NAE_ERA_R-1950_Eesti_Ajakirjanike_Liit, lk 62
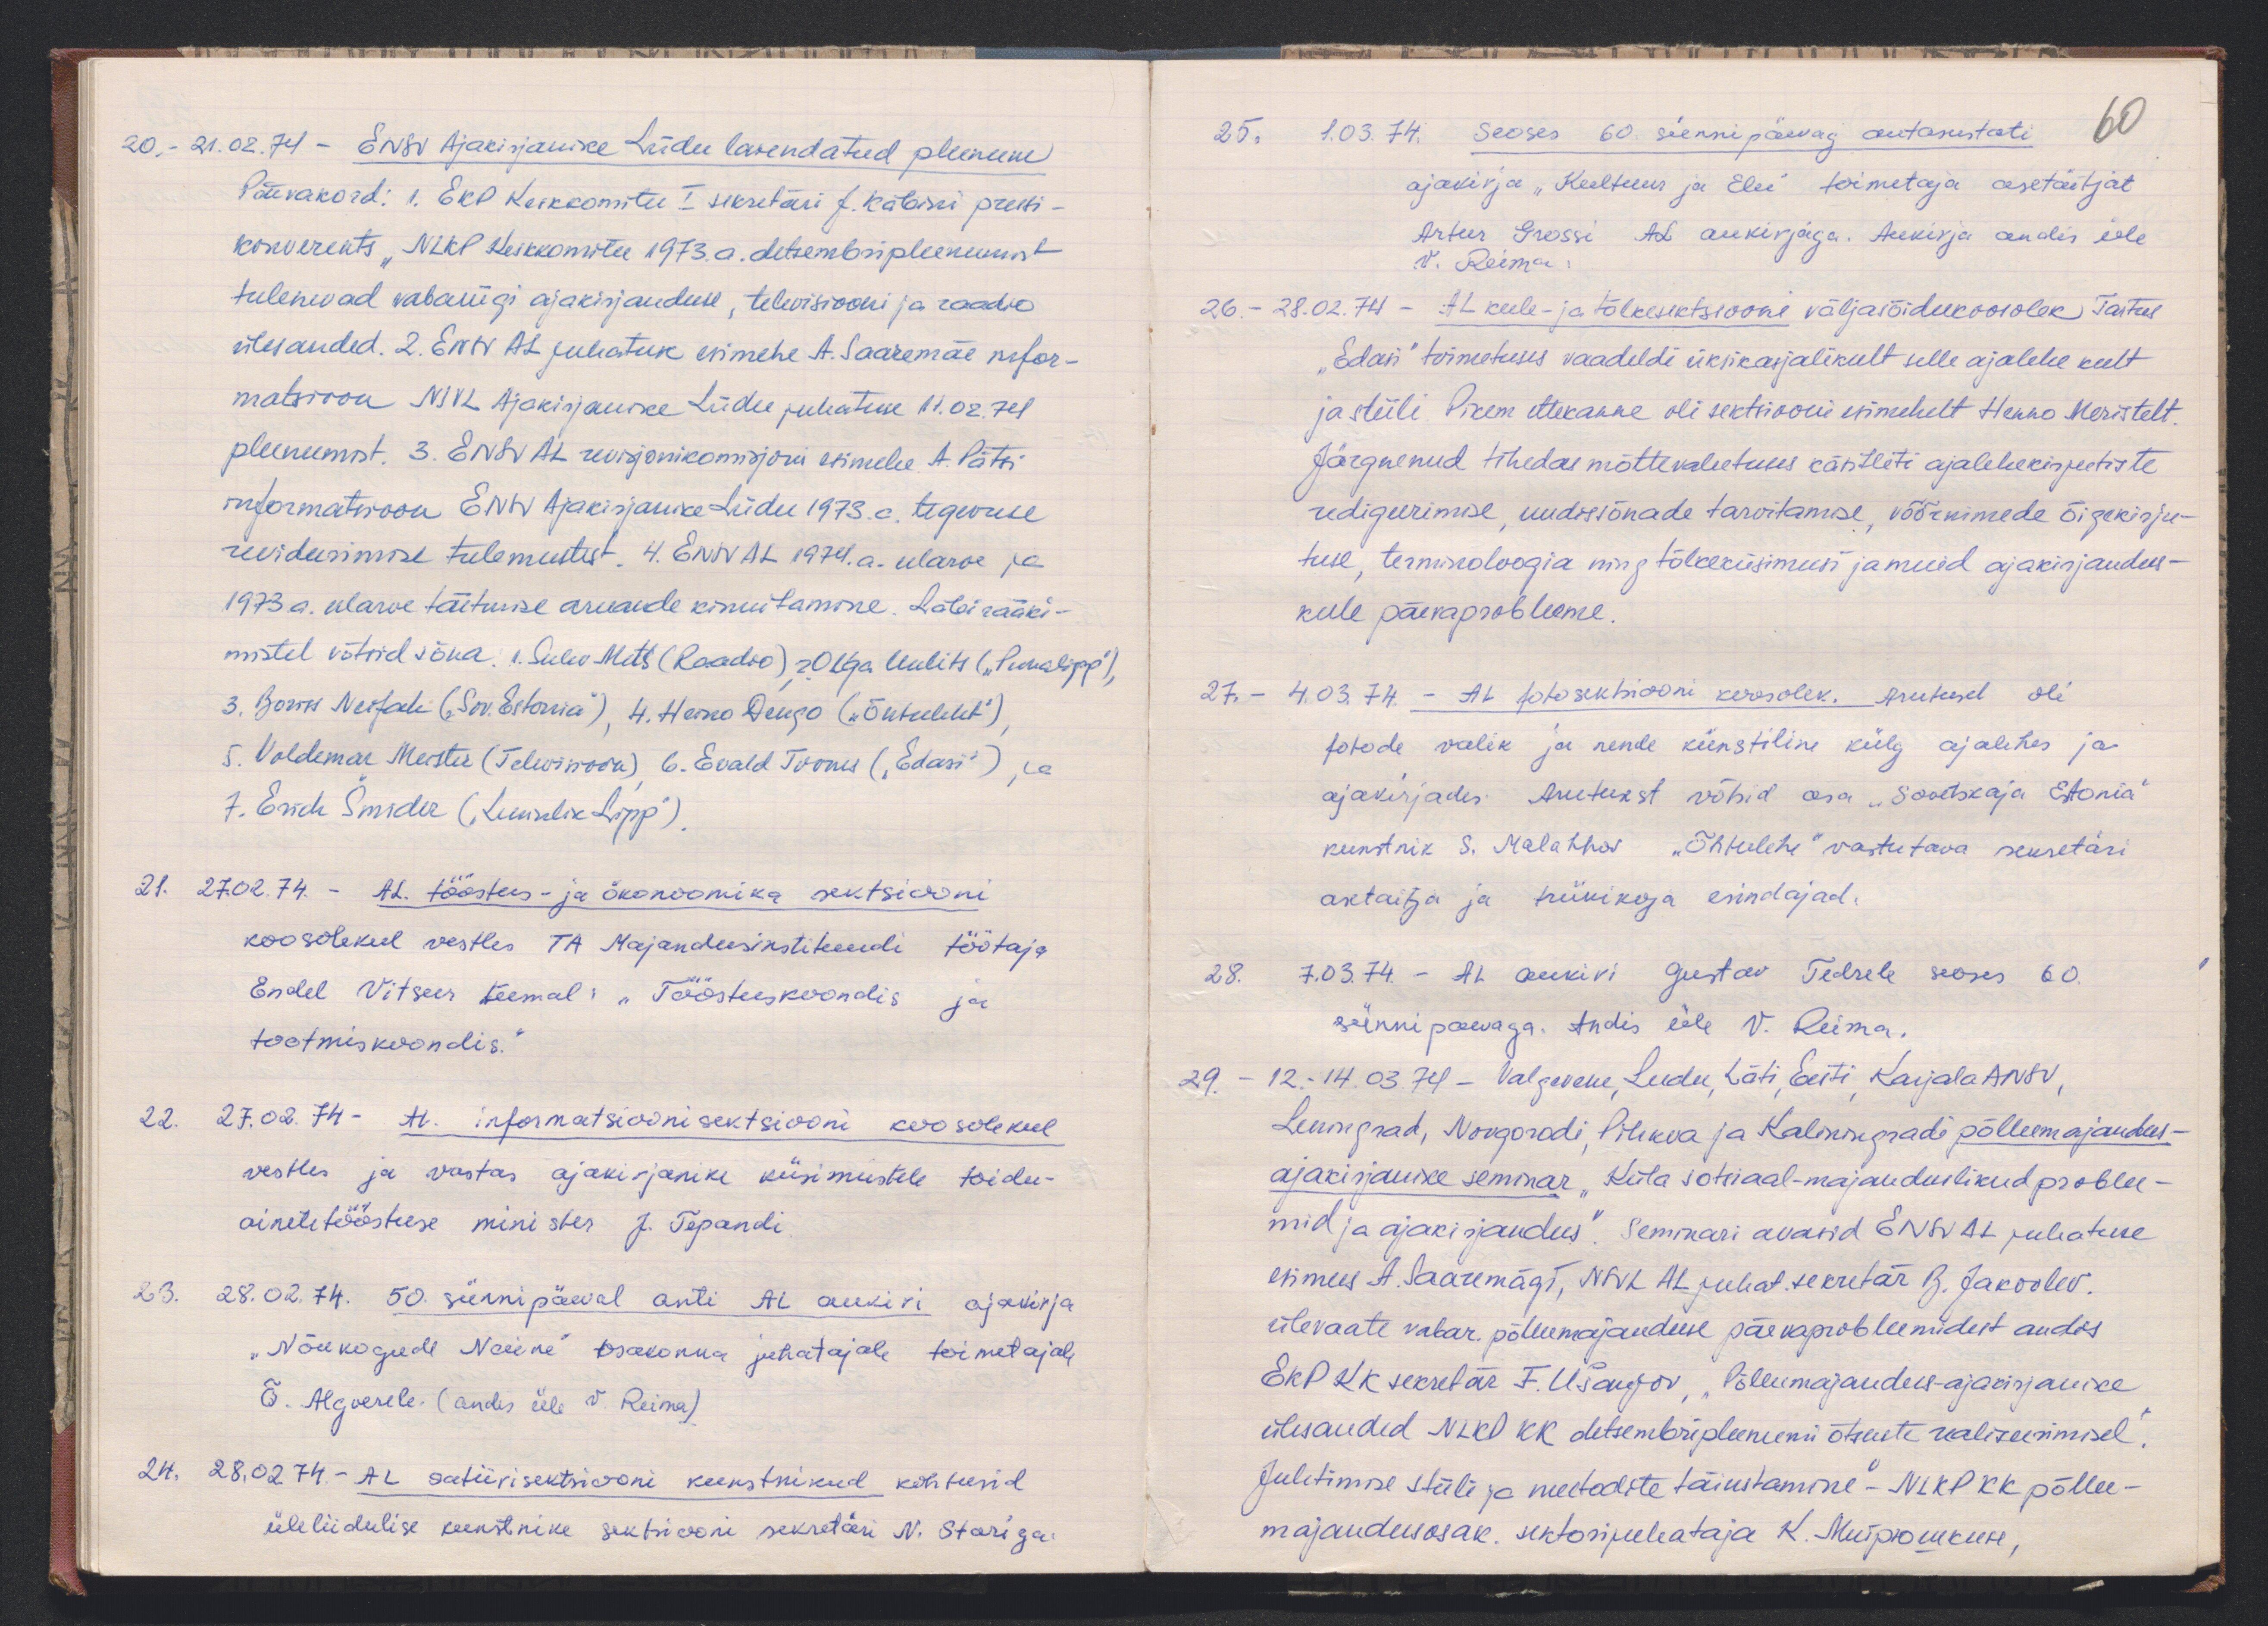
20. - 21.02.74 - ENSV Ajakirjanike Liidu laiendatud pleenum
Päevakord: 1. EKP Keskkomitee I sekretäri J. Käbini pressi-
konverents "NLKP keskkomitee 1973. a. detsembripleenumist
tulenevad vabariigi ajakirjanduse, televisiooni ja raadio
ülesanded. 2. ENSV AL juhatuse esimehe A. Saaremäe infor-
matsioon NSVL Ajakirjanike Liidu juhatuse 11.02.74
pleenumist. 3. ENSV AL revisjonikomisjoni esimehe A. Pätsi
informatsioon ENSV Ajakirjanike Liidu 1973. a. tegevuse
revideerimise tulemustest. 4. ENSV AL1974. a. eelarve ja
1973 a. eelarve täitmise aruande kinnitamine. Läbirääki-
mistel võtsid sõna. 1. Sulev Mets (Raadio) 2. Olga Uulits ("Punalipp"),
3. Boriss Neifak (Sov. Estonia), 4. Heino Dengo ("Õhtuleht"),
5. Voldemar Meister (Televisioon) 6. Evald Toones ("Edasi") ja
7. Erich Šmider ("Leninlik Lipp").
21. 27.02.74 - AL. tööstus- ja ökonoomika sektsiooni
koosolekul vestles TA Majandusinstituudi töötaja
Endel Vitsur teemal: "Tööstuskoondis ja
tootmiskoondis.“
22. 27.02.74 - AL. informatsioonisektsiooni koosolekul
vestles ja vastas ajakirjanike küsimustele toidu-
ainetetööstuse minister J. Tepandi
23. 28.02.74. 50. sünnipäeval anti AL aukiri ajakirja
"Nõukogude Naine" osakonna juhatajale toimetajale
Õ. Algverele (andis üle V. Reima)
24. 28.02.74 - AL satiirisektsiooni kustnikud kohtusid
üleliidulise kunstnike sektsiooni sekretäri N. Stariga

25. 1.03.74. Seoses 60. sünnipäevag autasustati
60
ajakirja "Kultuur ja Elu" toimetaja asetäitjat
Artur Grossi AL aukirjaga. Aukirja andis üle
V. Reima
26. - 28.02.74 - AL keele- ja tõlkesektsiooni väljasõidukoosolek Tartus
"Edasi" toimetuses vaadeldi üksikasjalikult selle ajalehe keelt
ja stiili. Pikem ettekanne oli sektsiooni esimehelt Heino Meristelt.
Järgnenud tihedas mõttevahetuses käsitleti ajalehekirjutiste
redigeerimise, uudissõnade tarvitamise, võõrnimede õigekirju-
tuse, terminoloogia ning tõlkeküsimusi ja muid ajakirjandus-
keele päevaprobleeme.
27. - 4.03.74. - AL fotosektsiooni koosolek. Arutusel oli
fotode valik ja nende kunstiline külg ajalehes ja
ajakirjades: Arutusest võtsid osa "Sovetskaja Estonia"
kunstnik S. Malahhov "Õhtulehe" vastutava sekretäri
asetäitja ja trükikoja esindajad.
28. 7.03.74 - AL aukiri Gustav Tedrele seoses 60.
sünnipäevaga. Andis üle V. Reima.
29. - 12.-14.03.74 - Valgevene, Leedu, Läti, Eesti, Karjala ANSV,
Leningrad, Novgorodi, Pihkva ja Kaliningradi põllumajandus-
ajakirjanike seminar "Küla sotsiaal-majanduslikud problee-
mid ja ajakirjandus". Seminari avasid ENSV AL juhatuse
esimees A. Saaremägi, NSVL AL juhat. sekretär B. Jakovlev.
ülevaate vabar. põllumajanduse päevaprobleemidest andis
EKP KK sekretär F. Ušanjov, "Põllumajandus-ajakirjanike
ülesanded NLKP KK detsembripleenumi otsuste realiseerimisel."
Juhtimise stiili ja meetodite täiustamine" - NLKP KK põllu-
majandusosak. sektorijuhataja K. Muipsomuse